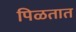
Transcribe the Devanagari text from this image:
पिळतात